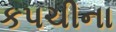
કપચીના